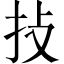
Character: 𢪊